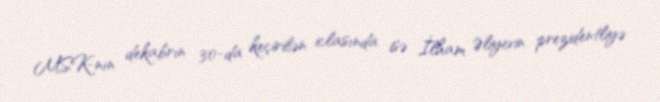
MSK-nın dekabrın 30-da keçirilən iclasında isə İlham Əliyevin prezidentliyə